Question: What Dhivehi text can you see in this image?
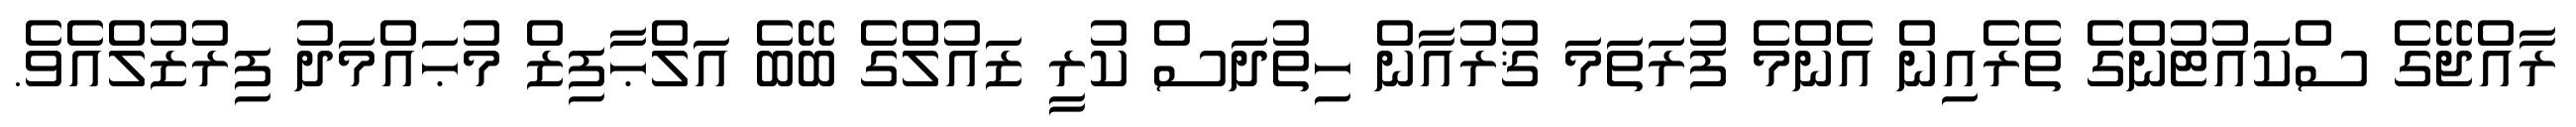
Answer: ރާއްޖޭގެ ސްކައުޓުންގެ ތެރެއިން އެންމެ ފުރަތަމަ ޤުރުއާން ހިތުދަސް ކުރީ ޒައުލްގެ ބޭބެ އަލްޙާފިޒް މުޙައްމަދު ފިރުޒުލްއެވެ.